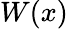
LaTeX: W(x)